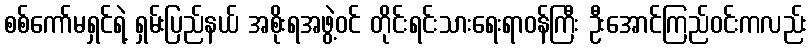
စစ်ကော်မရှင်ရဲ့ ရှမ်းပြည်နယ် အစိုးရအဖွဲ့ဝင် တိုင်းရင်းသားရေးရာဝန်ကြီး ဦးအောင်ကြည်ဝင်းကလည်း